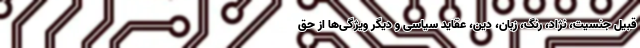
قبیل جنسیت، نژاد، رنگ، زبان، دین، عقاید سیاسی و دیگر ویژگی‌ها از حق